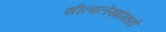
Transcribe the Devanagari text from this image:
शीलालेखांमध्ये